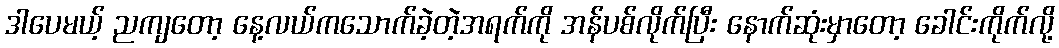
ဒါပေမယ့် ညကျတော့ နေ့လယ်ကသောက်ခဲ့တဲ့အရက်ကို အန်ပစ်လိုက်ပြီး နောက်ဆုံးမှာတော့ ခေါင်းကိုက်လို့